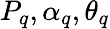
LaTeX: P_{q},\alpha_{q},\theta_{q}